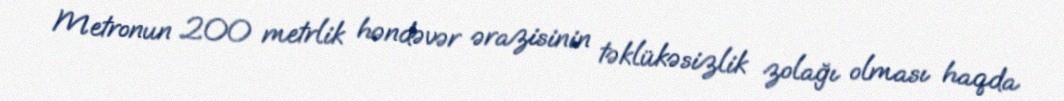
Metronun 200 metrlik həndəvər ərazisinin təklükəsizlik zolağı olması haqda